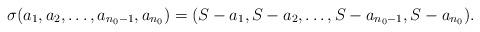
LaTeX: \begin{align*}\sigma(a_1,a_2,\ldots,a_{n_0 -1},a_{n_0}) &= (S- a_1,S- a_2,\ldots,S- a_{n_0 -1},S- a_{n_0}).\end{align*}